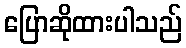
ပြောဆိုထားပါသည်